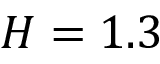
H = 1 . 3